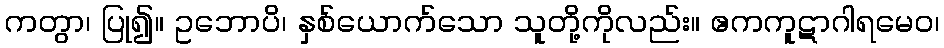
ကတွာ၊ ပြု၍။ ဥဘောပိ၊ နှစ်ယောက်သော သူတို့ကိုလည်း။ ဧကကူဋာဂါရမေဝ၊